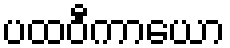
ပထဝီကာယော